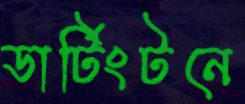
ডার্টিংটনে